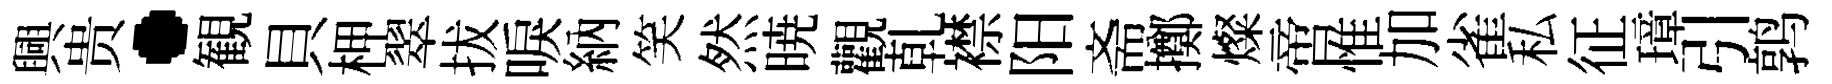
興贵·観貝柙翠拔唳納笑然暁觀乹襟阳斋擲燦啻惟加雀私征璋引鹑